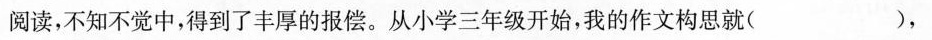
阅读，不知不觉中，得到了丰厚的报偿。从小学三年级开始，我的作文构思就( )，